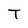
Character: T